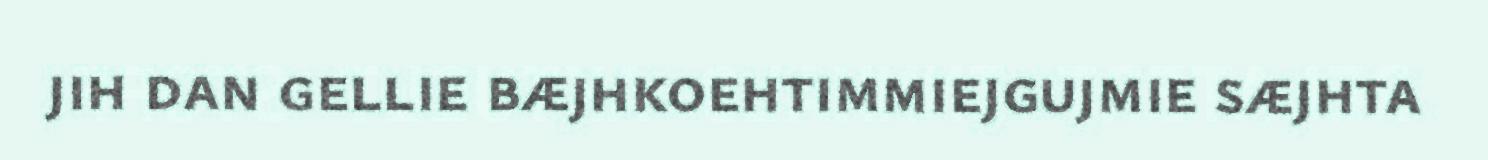
jih dan gellie bæjhkoehtimmiejgujmie sæjhta